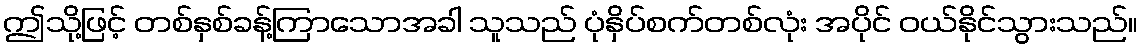
ဤသို့ဖြင့် တစ်နှစ်ခန့်ကြာသောအခါ သူသည် ပုံနှိပ်စက်တစ်လုံး အပိုင် ဝယ်နိုင်သွားသည်။